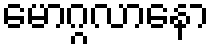
မောဂ္ဂလာနော